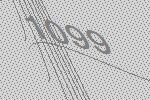
1099